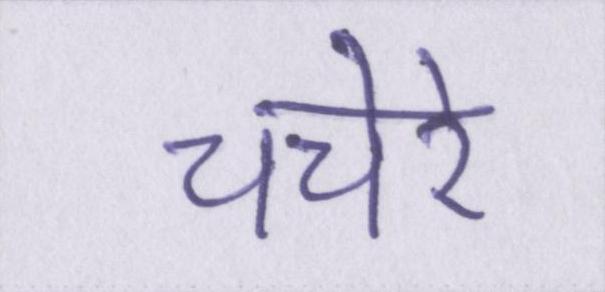
चचेरे